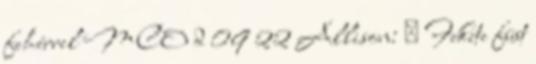
fehérrel MCO d 09 22 Allison: ♀ Fekete füst